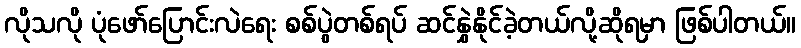
လိုသလို ပုံဖော်ပြောင်းလဲရေး စစ်ပွဲတစ်ရပ် ဆင်နွှဲနိုင်ခဲ့တယ်လို့ဆိုရမှာ ဖြစ်ပါတယ်။